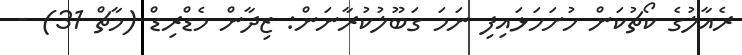
ރެއާލުގެ ކޯޗުކަން ހުށަހަޅައިފި ނަމަ ގަބޫލުކުރާނަން: ޒިދާން މެޑްރިޑް (މާޗް 31) -